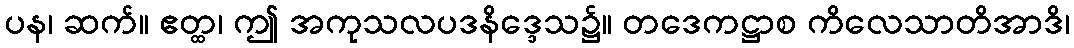
ပန၊ ဆက်။ ဧတ္ထ၊ ဤ အကုသလပဒနိဒ္ဒေသ၌။ တဒေကဋ္ဌာစ ကိလေသာတိအာဒိ၊